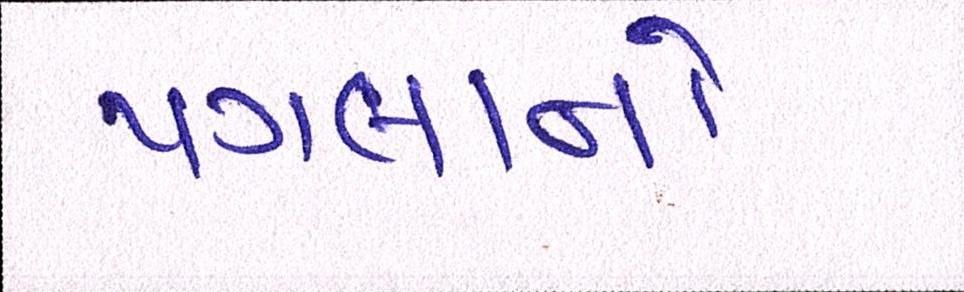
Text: પગલાનો